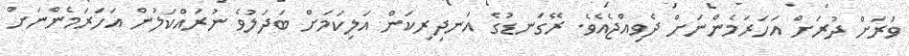
ވަރަށް ދުރަށް އަހަރަމެންނަށް ދެވިއްޖެއެވެ. ރޭގަނޑުގެ އަނދިރިކަން އަލިކަމަށް ބަދަލުވެ ނުރައްކަލުން އަހަރަމެންނަށް